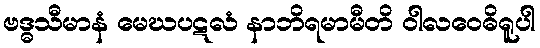
ဗဒ္ဓသီမာနံ မေဃပဋလံ နာဘိရမာမီတိ ဝါလဝေဓိရူပါ